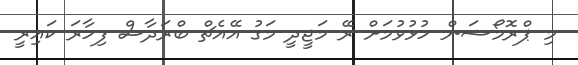
މި ޕްރޮމޯޝަން ހުޅުވުމަށް ރޭ މަޖީދީ މަގު އޭއެޗް ބްރަދާސް ފިހާރަ ކައިރީ